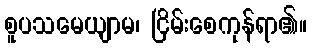
စူပသမေယျာမ၊ ငြိမ်းစေကုန်ရာ၏။